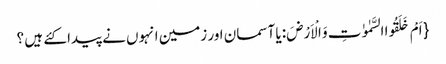
{ اَمْ خَلَقُوا السَّمٰوٰتِ وَ الْاَرْضَ: یا آسمان اور زمین انہوں نے پیدا کئے ہیں ؟